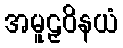
အမူဠှဝိနယံ